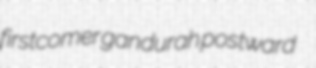
firstcomer gandurah postward